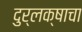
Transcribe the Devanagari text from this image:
दुर्लक्षाचा